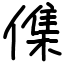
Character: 𠍱